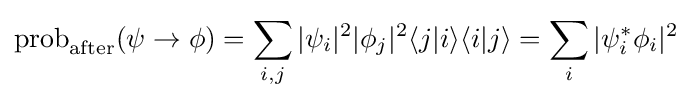
\operatorname {prob} _{\text{after}}(\psi \to \phi )=\sum _{i,j}|\psi _{i}|^{2}|\phi _{j}|^{2}\langle j|i\rangle \langle i|j\rangle =\sum _{i}|\psi _{i}^{*}\phi _{i}|^{2}